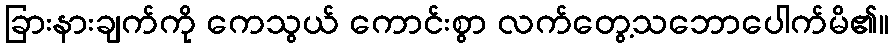
ခြားနားချက်ကို ကေသွယ် ကောင်းစွာ လက်တွေ့သဘောပေါက်မိ၏။